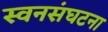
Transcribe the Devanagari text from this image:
स्वनसंघटना